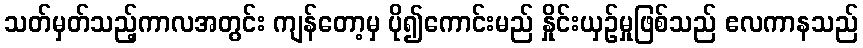
သတ်မှတ်သည့်ကာလအတွင်း ကျန်တော့မှ ပို၍ကောင်းမည် နှိုင်းယှဉ်မှုဖြစ်သည် ဧလကာနသည်